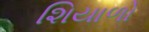
શિયાળો